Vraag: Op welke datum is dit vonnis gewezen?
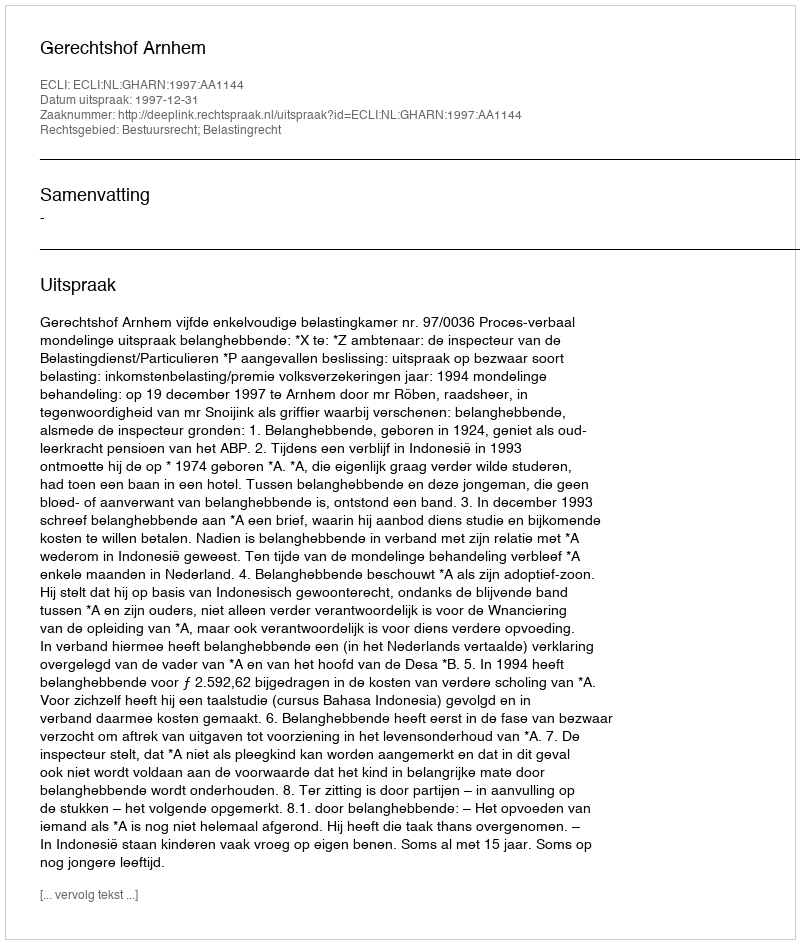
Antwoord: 1997-12-31